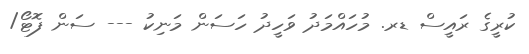
ކުރީގެ ރައީސް ޑރ. މުހައްމަދު ވަހީދު ހަސަން މަނިކު --- ސަން ފޮޓޯ/